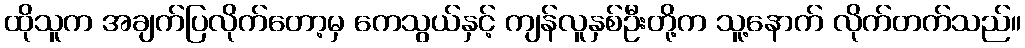
ထိုသူက အချက်ပြလိုက်တော့မှ ကေသွယ်နှင့် ကျန်လူနှစ်ဦးတို့က သူ့နောက် လိုက်တက်သည်။